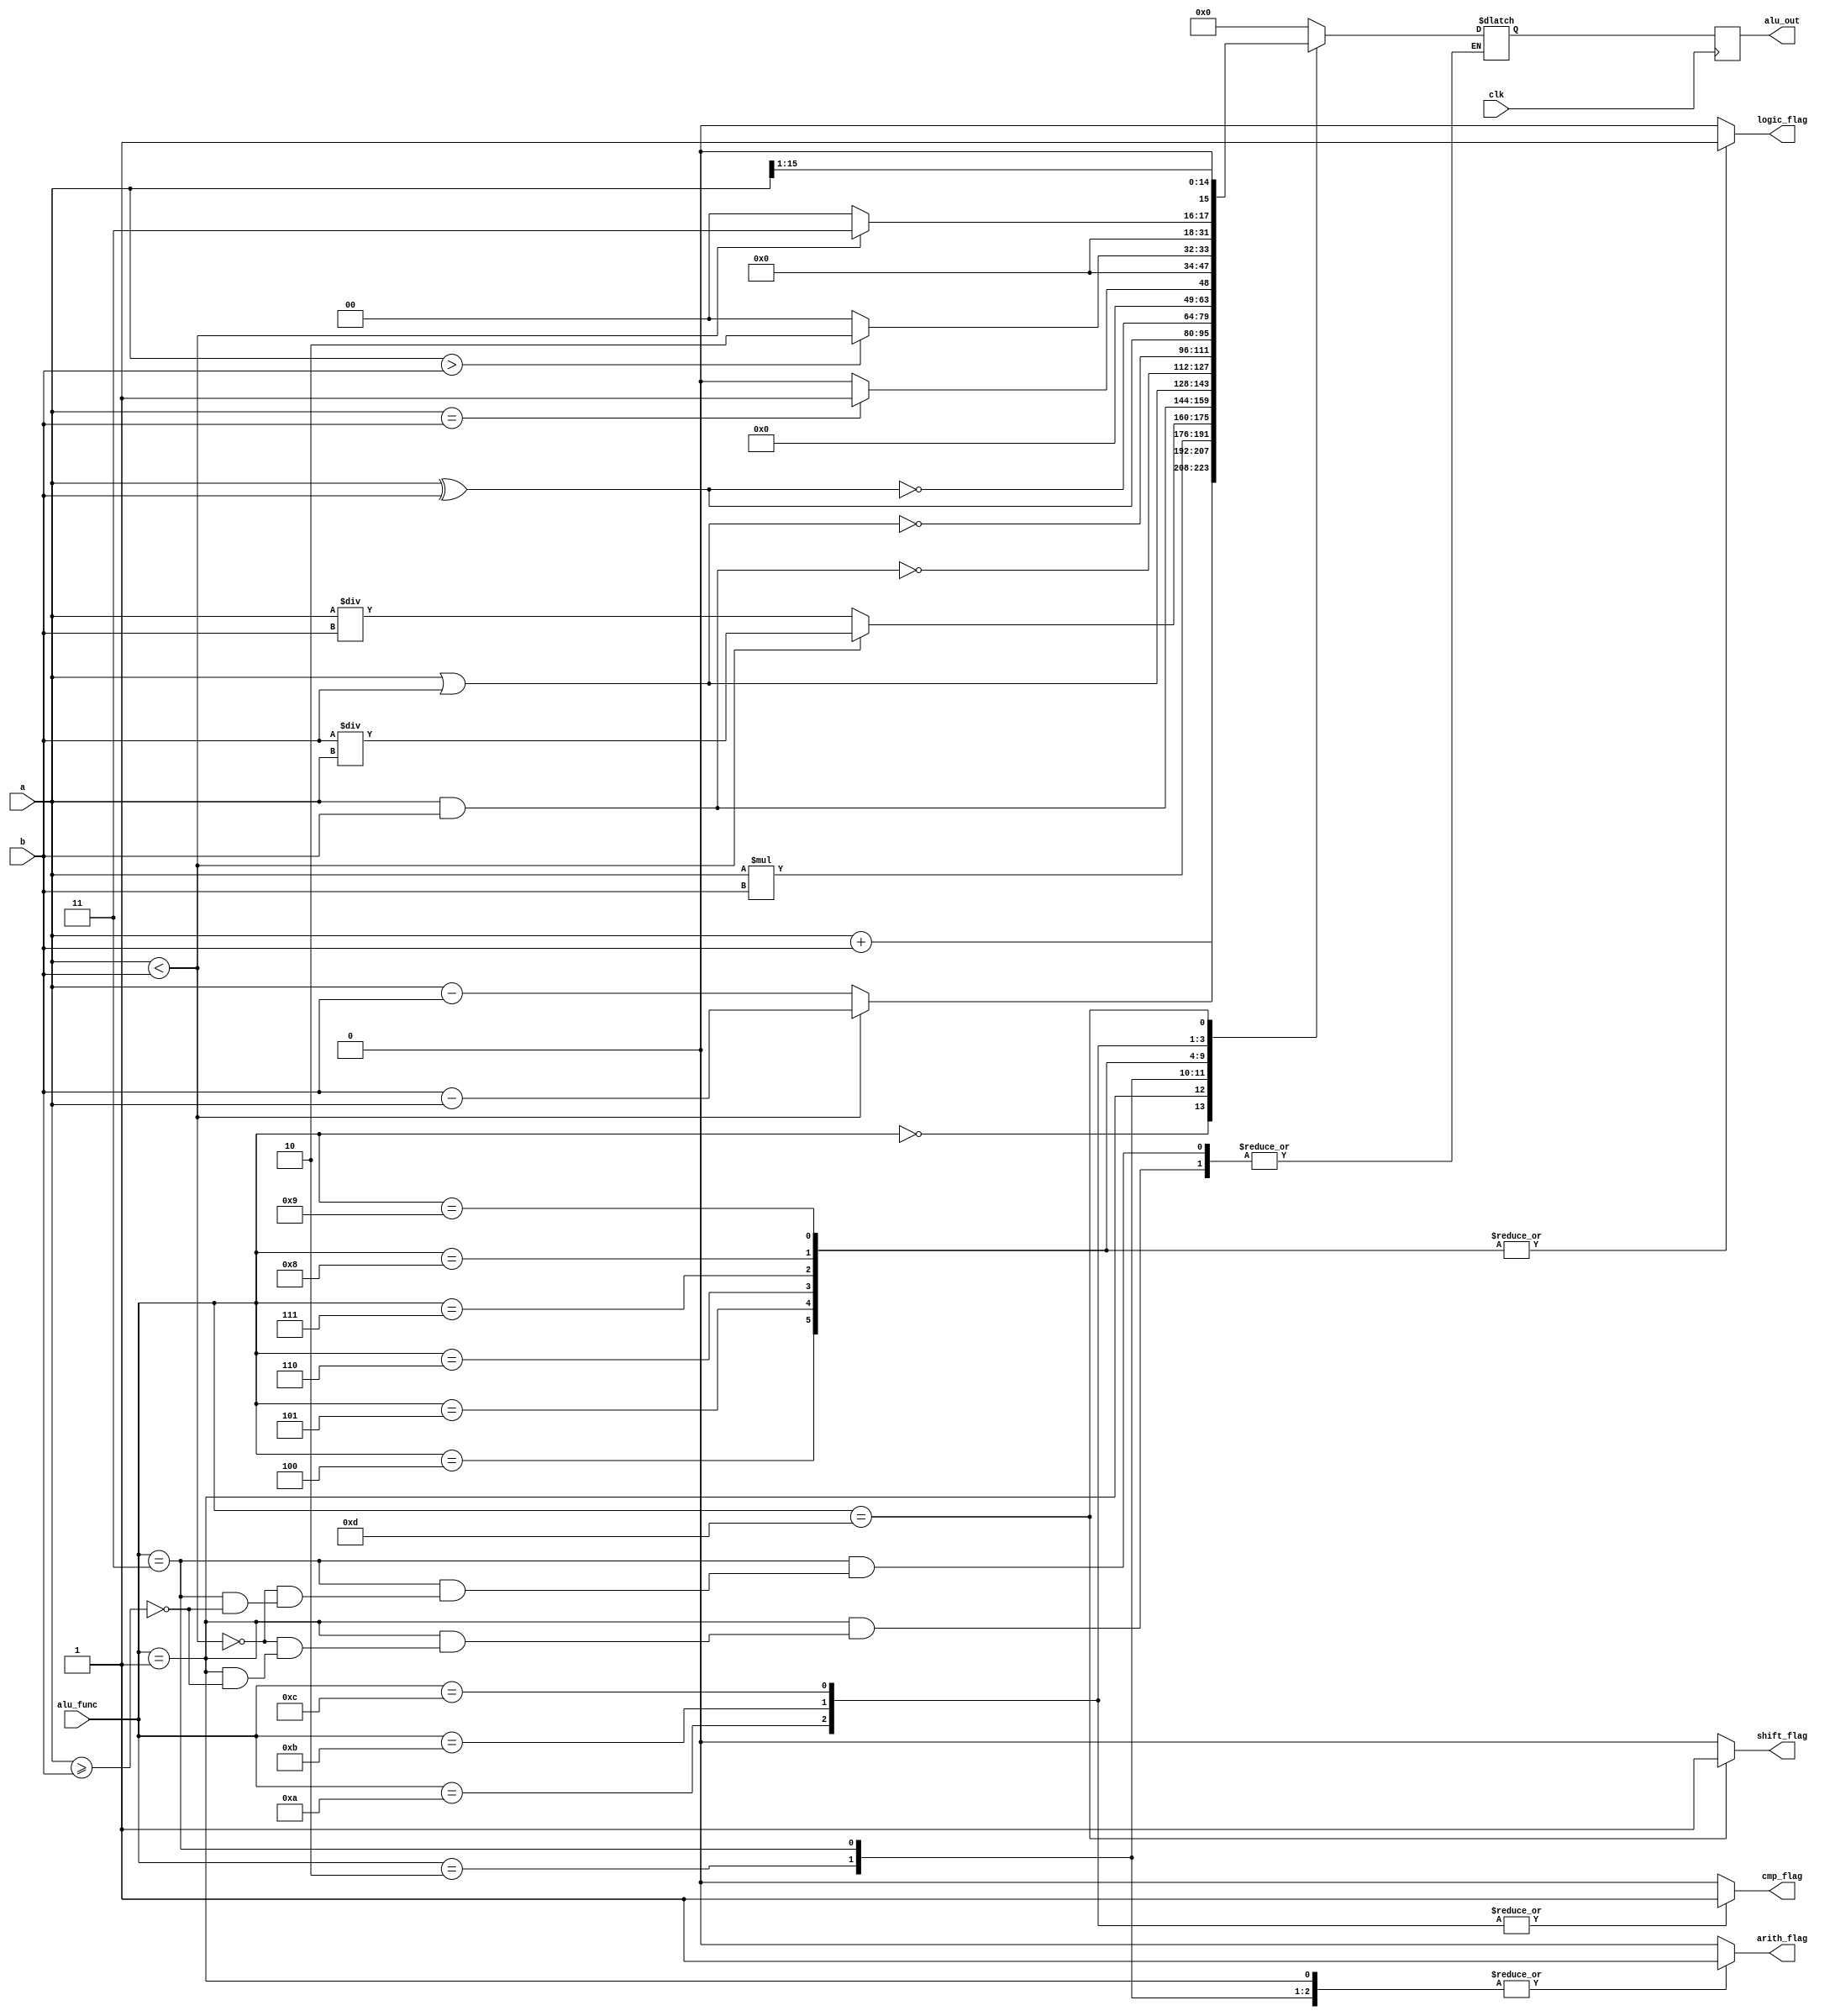
// Mahmoud Lotfy
module alu (
    input [15:0] a,b,
    input [3:0] alu_func,
    input clk,
    output reg [15:0] alu_out,
    output reg arith_flag,logic_flag,cmp_flag,shift_flag

);
reg [15:0] out;
always @(posedge clk) begin
    alu_out=out;
end
always @(alu_func or a or b) begin
    case (alu_func)
      4'b0000  :begin
        out=a+b;
        arith_flag=1;
        logic_flag=0;
         cmp_flag=0;
         shift_flag=0;

      end 
      4'b0001:begin
        if(a>=b)
        out=a-b;
        if(a<b)
        out=b-a;
         arith_flag=1;
         logic_flag=0;
         cmp_flag=0;
         shift_flag=0;
        
      end
      4'b0010:begin
        out=a*b;
        arith_flag=1;
         logic_flag=0;
         cmp_flag=0;
         shift_flag=0;

      end
      4'b0011:begin
        if(a>=b)
        out=a/b;
        if(a<b)
        out=b/a;
         arith_flag=1;
         logic_flag=0;
         cmp_flag=0;
         shift_flag=0;
        
      end
      4'b0100: begin
        out=a&b;
        arith_flag=0;
         logic_flag=1;
         cmp_flag=0;
         shift_flag=0;
        
      end
      4'b0101:begin
        out=a|b;
        arith_flag=0;
         logic_flag=1;
         cmp_flag=0;
         shift_flag=0;
        
      end
      4'b0110:begin
        out=~(a&b);
        arith_flag=0;
         logic_flag=1;
         cmp_flag=0;
         shift_flag=0;
        
      end
      4'b0111:begin
        out=~(a|b);
        arith_flag=0;
         logic_flag=1;
         cmp_flag=0;
         shift_flag=0;
        
      end
       4'b1000:begin
        out=a^b;
        arith_flag=0;
         logic_flag=1;
        cmp_flag=0;
         shift_flag=0;
      end
      4'b1001:begin
        out=~(a^b);
        arith_flag=0;
         logic_flag=1;
        cmp_flag=0;
         shift_flag=0;
      end
      4'b1010:begin
        if(a==b)
        out=1;
        else
        out=0;
         cmp_flag=1;
         arith_flag=0;
        logic_flag=0;
        shift_flag=0;
        
        
      end
      4'b1011:begin
        if(a>b)
        out=16'b10;
        else
        out=0;
         cmp_flag=1;
         arith_flag=0;
        logic_flag=0;
        shift_flag=0;
        
      end
       4'b1100:begin
        if(a<b)
        out=16'b11;
        else
         out=0;
         cmp_flag=1;
         arith_flag=0;
         logic_flag=0;
         shift_flag=0;
        
        
      end
      4'b1101:begin
            out=a>>1;
            shift_flag=1;
             arith_flag=0;
            logic_flag=0;
            cmp_flag=0;

      end
      4'b1101:begin
            out=a<<1;
            shift_flag=1;
             arith_flag=0;
            logic_flag=0;
            cmp_flag=0;

      end

        default: begin
            out=0;
            arith_flag=0;
            logic_flag=0;
            cmp_flag=0;
            shift_flag=0;

        end
    endcase
    
end



always @(posedge clk) begin
    $display ("At ALU_FUNC=%b , ALU_OUT=%d",alu_func,alu_out);
end

    
endmodule